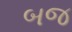
બજ